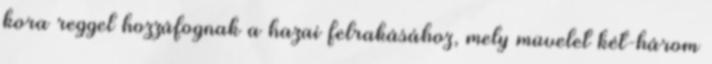
kora reggel hozzáfognak a hazai felrakásához, mely müvelet két-három